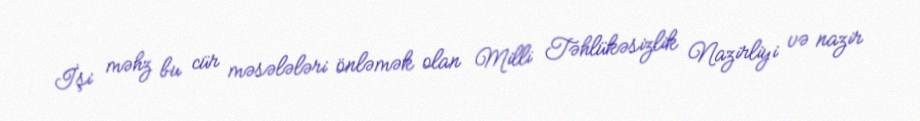
İşi məhz bu cür məsələləri önləmək olan Milli Təhlükəsizlik Nazirliyi və nazir